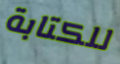
للكتابة